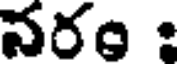
నరం :